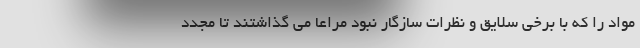
مواد را که با برخی سلایق و نظرات سازگار نبود مراعا می گذاشتند تا مجدد